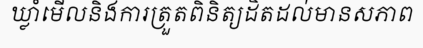
ឃ្លាំមើលនិងការត្រួតពិនិត្យដិតដល់មានសភាព